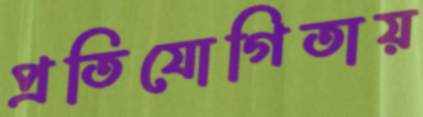
প্রতিযোগিতায়